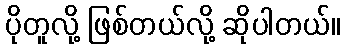
ပိုတူလို့ ဖြစ်တယ်လို့ ဆိုပါတယ်။